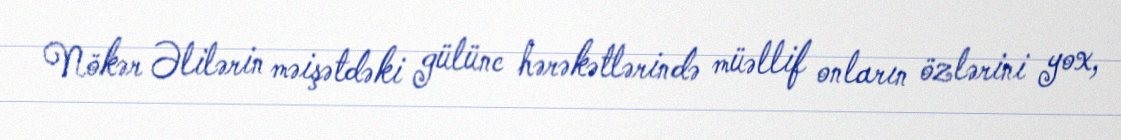
Nökər Əlilərin məişətdəki gülünc hərəkətlərində müəllif onların özlərini yox,